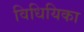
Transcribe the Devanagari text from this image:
विधियिका